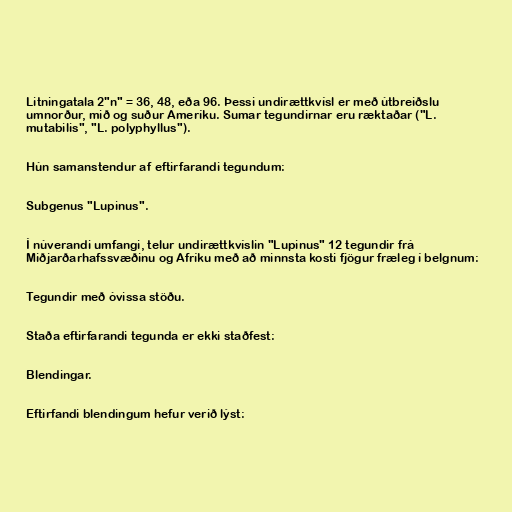
Litningatala 2"n" = 36, 48, eða 96. Þessi undirættkvísl er með útbreiðslu
umnorður, mið og suður Ameríku. Sumar tegundirnar eru ræktaðar ("L.
mutabilis", "L. polyphyllus").

Hún samanstendur af eftirfarandi tegundum:

Subgenus "Lupinus".

Í núverandi umfangi, telur undirættkvíslin "Lupinus" 12 tegundir frá
Miðjarðarhafssvæðinu og Afríku með að minnsta kosti fjögur fræleg í belgnum:

Tegundir með óvissa stöðu.

Staða eftirfarandi tegunda er ekki staðfest:

Blendingar.

Eftirfandi blendingum hefur verið lýst: